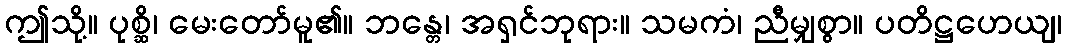
ဤသို့။ ပုစ္ဆိ၊ မေးတော်မူ၏။ ဘန္တေ၊ အရှင်ဘုရား။ သမကံ၊ ညီမျှစွာ။ ပတိဋ္ဌဟေယျ၊